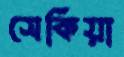
সেকিয়া